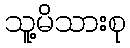
သူ့မိသားစု